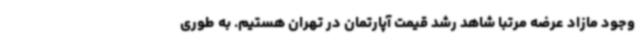
وجود مازاد عرضه مرتباً شاهد رشد قیمت آپارتمان در تهران هستیم. به طوری